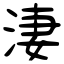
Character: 淒